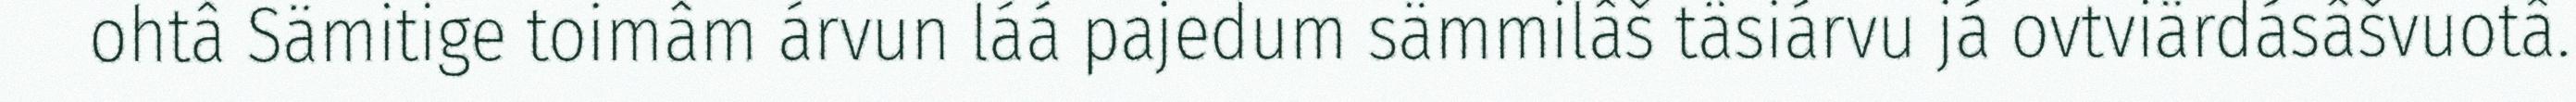
ohtâ Sämitige toimâm árvun láá pajedum sämmilâš täsiárvu já ovtviärdásâšvuotâ.